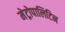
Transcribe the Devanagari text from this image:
मेट्रोपालिटिन